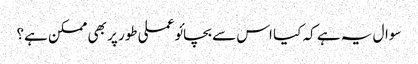
سوال یہ ہے کہ کیا اس سے بچائو عملی طور پر بھی ممکن ہے؟